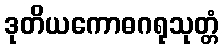
ဒုတိယကောဓဂရုသုတ္တံ